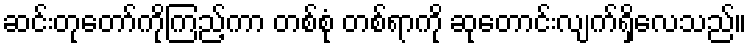
ဆင်းတုတော်ကိုကြည့်ကာ တစ်စုံ တစ်ရာကို ဆုတောင်းလျက်ရှိလေသည်။